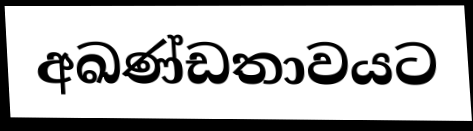
අඛණ්ඩතාවයට